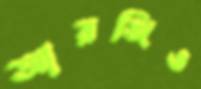
আরজিও